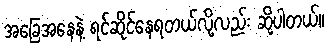
အခြေအနေနဲ့ ရင်ဆိုင်နေရတယ်လို့လည်း ဆိုပါတယ်။